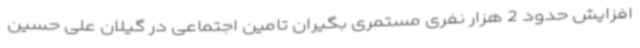
افزایش حدود 2 هزار نفری مستمری بگیران تامین اجتماعی در گیلان علی حسین